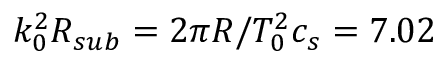
k _ { 0 } ^ { 2 } R _ { s u b } = 2 \pi R / T _ { 0 } ^ { 2 } c _ { s } = 7 . 0 2